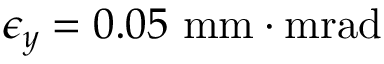
\epsilon _ { y } = 0 . 0 5 \ \mathrm { m m \cdot m r a d }